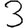
Digit: 3